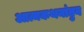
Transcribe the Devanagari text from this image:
आत्मकथनांतुन